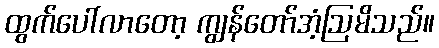
ထွက်ပေါ်လာတော့ ကျွန်တော်အံ့ဩမိသည်။